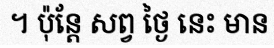
។ ប៉ុន្តែ សព្វ ថ្ងៃ នេះ មាន